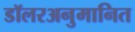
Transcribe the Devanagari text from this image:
डॉलरअनुमानित